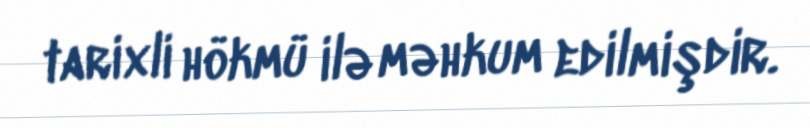
tarixli hökmü ilə məhkum edilmişdir.